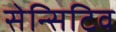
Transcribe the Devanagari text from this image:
सेन्सिटिव